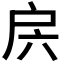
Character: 𭠁